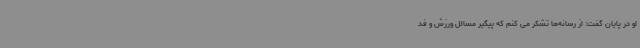
او در پایان گفت: از رسانه‌ها تشکر می کنم که پیگیر مسائل ورزش و فد